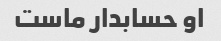
او حسابدار ماست